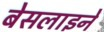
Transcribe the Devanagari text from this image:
बेसलाइनें